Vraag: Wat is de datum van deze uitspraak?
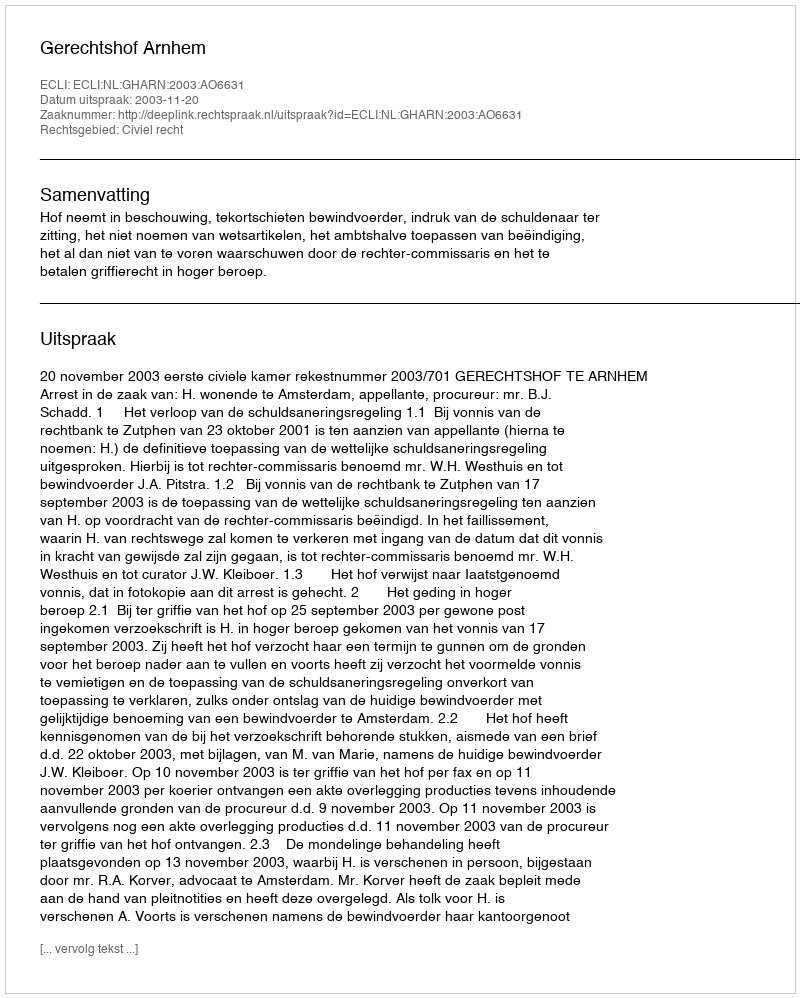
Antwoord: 2003-11-20